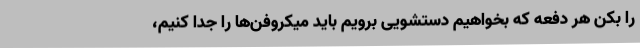
را بکن هر دفعه که بخواهیم دستشویی برویم باید میکروفن‌ها را جدا کنیم،